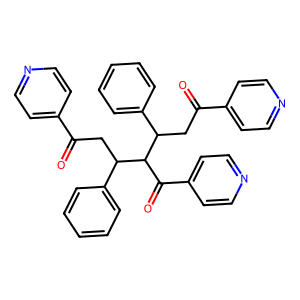
SMILES: O=C(CC(c1ccccc1)C(C(=O)c1ccncc1)C(CC(=O)c1ccncc1)c1ccccc1)c1ccncc1
Inhibits HIV replication: No